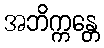
အဘိက္ကန္တေ